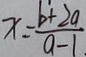
x = \frac { b + 2 a } { a - 1 } .